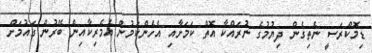
ޑިމޮކްރަސީ ނެތިގެން ދިޔުމުގެ ނުރައްކާ އޮތް ކަމަށާއި އެހެންކަމުން އެމެރިކާއިން ބޭރުން ގައުމަށް